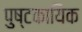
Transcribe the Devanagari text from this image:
पुष्टकायिक